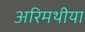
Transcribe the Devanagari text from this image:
अरिमथीया